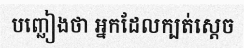
បញ្ឆៀងថា អ្នកដែលក្បត់ស្តេច